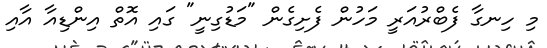
މި ހިނގާ ފެބްރުއަރީ މަހުން ފެށިގެން "މަޑުގިނީ" ގައި އޮތް އިންޑިއާ އާއި